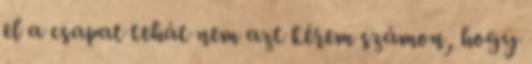
el a csapat tehát nem azt kérem számon, hogy